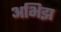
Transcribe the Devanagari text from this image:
अभिझ